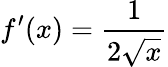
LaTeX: f^{\prime}(x)=\frac{1}{2\sqrt{x}}